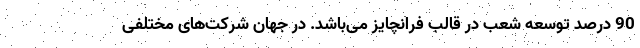
90 درصد توسعه‌ شعب در قالب فرانچایز می­باشد. در جهان شرکت‌های مختلفی